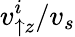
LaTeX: v_{\uparrow z}^{i}/v_{s}